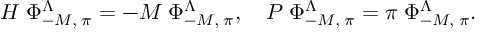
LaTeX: { \cal H } \; \Phi _ { - M , \; \pi } ^ { \Lambda } = - M \; \Phi _ { - M , \; \pi } ^ { \Lambda } , \quad { \cal P } \; \Phi _ { - M , \; \pi } ^ { \Lambda } = \pi \; \Phi _ { - M , \; \pi } ^ { \Lambda } .